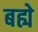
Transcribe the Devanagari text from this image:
बह्ये